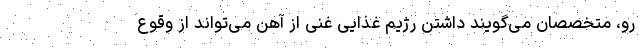
رو، متخصصان می‌گویند داشتن رژیم غذایی غنی از آهن می‌تواند از وقوع